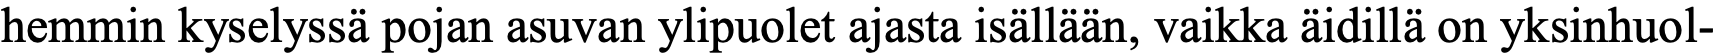
hemmin kyselyssä pojan asuvan ylipuolet ajasta isällään, vaikka äidillä on yksinhuol-